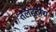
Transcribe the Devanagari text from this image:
तलहटीय